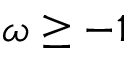
\omega \geq - 1